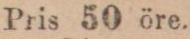
Paris 50 öre.